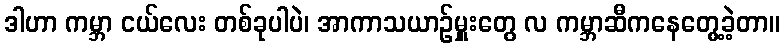
ဒါဟာ ကမ္ဘာ ငယ်လေး တစ်ခုပါပဲ၊ အာကာသယာဉ်မှူးတွေ လ ကမ္ဘာဆီကနေတွေ့ခဲ့တာ။